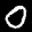
Label: 0